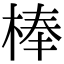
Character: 棒